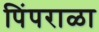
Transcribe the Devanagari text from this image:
पिंपराळा